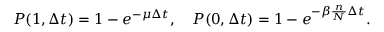
P ( 1 , \Delta t ) = 1 - e ^ { - \mu \Delta t } , \quad P ( 0 , \Delta t ) = 1 - e ^ { - \beta \frac { n } { N } \Delta t } .